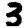
Digit: 3